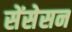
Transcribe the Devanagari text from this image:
सेंसेसन